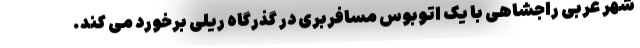
شهر غربی راجشاهی با یک اتوبوس مسافربری در گذرگاه ریلی برخورد می کند.